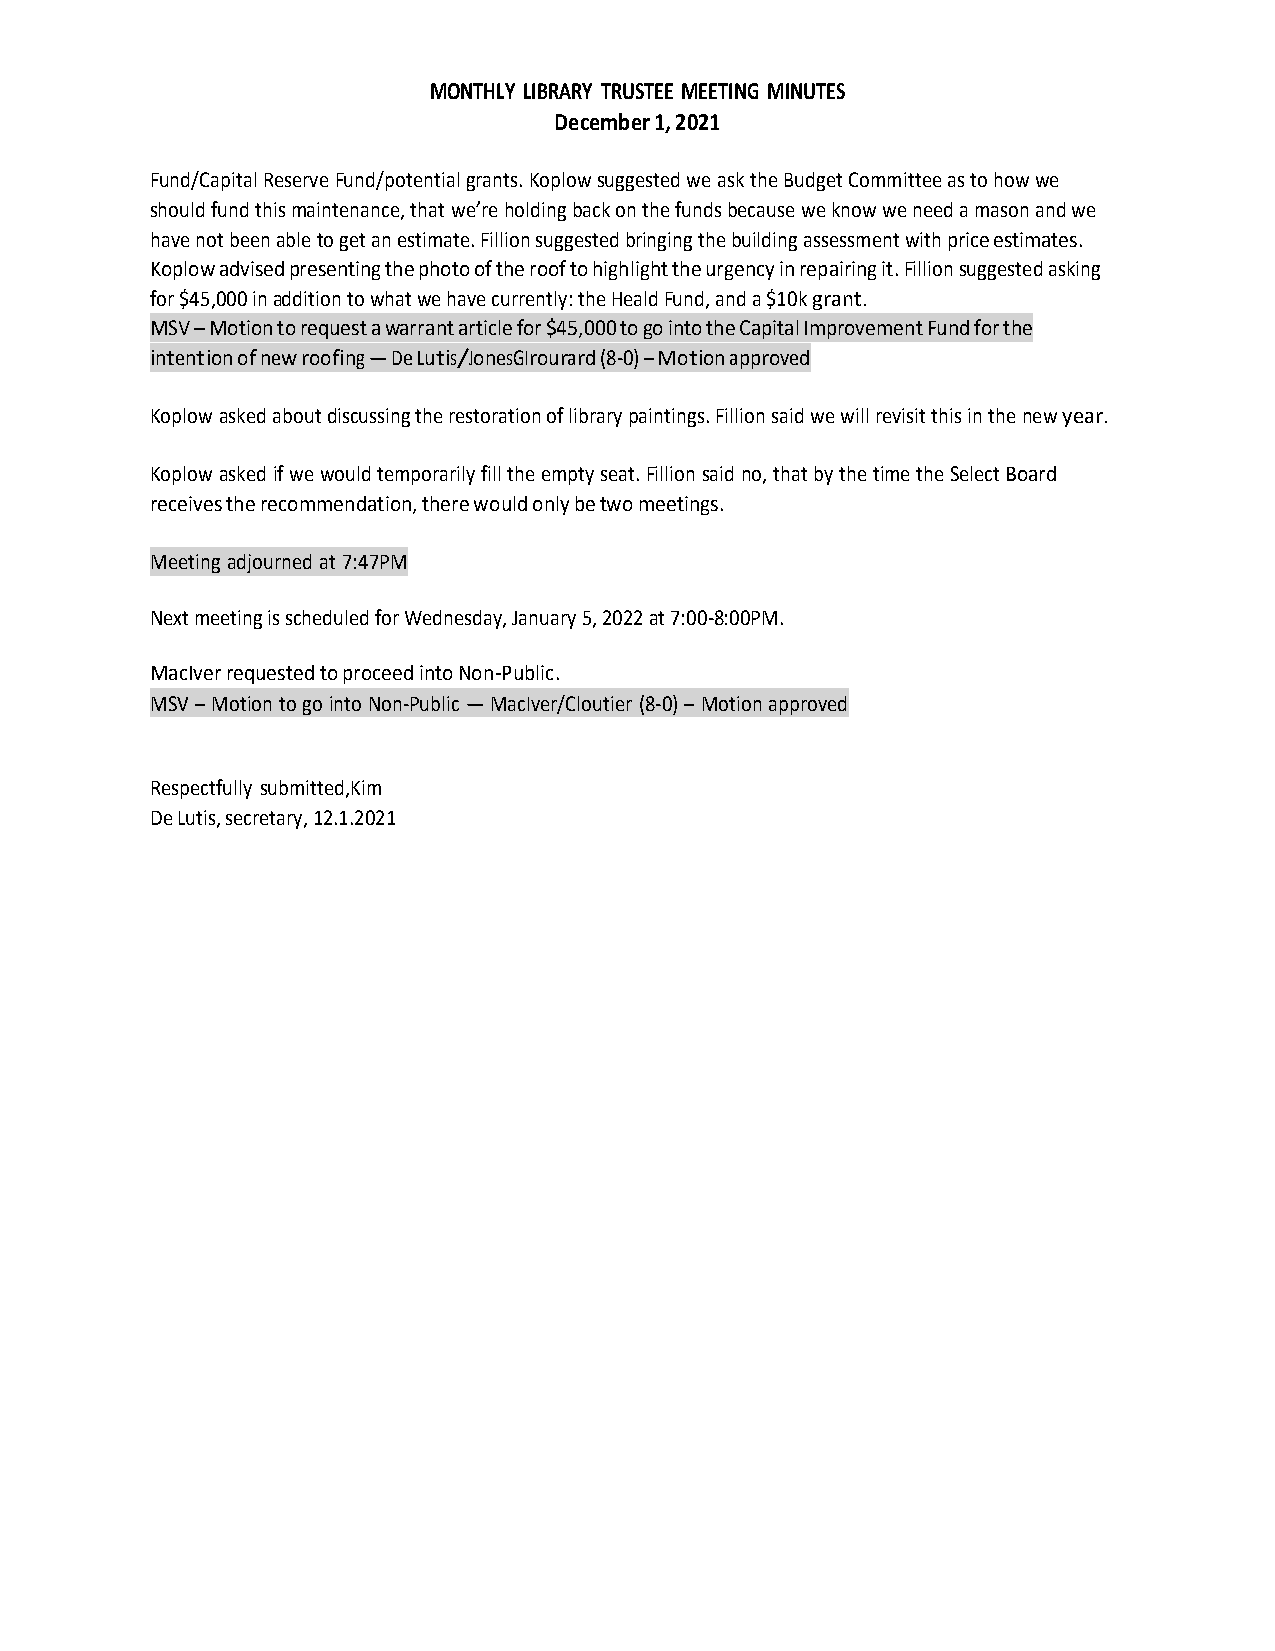
MONTHLY LIBRARY TRUSTEE MEETING MINUTES
 December 1, 2021
 Fund/Capital Reserve Fund/potential grants. Koplow suggested we ask the Budget Committee as to how we
 should fund this maintenance, that we’re holding back on the funds because we know we need a mason and we
 have not been able to get an estimate. Fillion suggested bringing the building assessment with price estimates.
 Koplow advised presenting the photo of the roof to highlight the urgency in repairing it. Fillion suggested asking
 for $45,000 in addition to what we have currently: the Heald Fund, and a $10k grant.
 MSV – Motion to request a warrant article for $45,000 to go into the Capital Improvement Fund for the
 intention of new roofing — De Lutis/JonesGIrourard (8-0) – Motion approved
 Koplow asked about discussing the restoration of library paintings. Fillion said we will revisit this in the new year.
 Koplow asked if we would temporarily fill the empty seat. Fillion said no, that by the time the Select Board
 receives the recommendation, there would only be two meetings.
 Meeting adjourned at 7:47PM
 Next meeting is scheduled for Wednesday, January 5, 2022 at 7:00-8:00PM.
 MacIver requested to proceed into Non-Public.
 MSV – Motion to go into Non-Public — MacIver/Cloutier (8-0) – Motion approved
 Respectfully submitted, Kim
 De Lutis, secretary, 12.1.2021